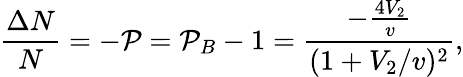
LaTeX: \frac{\Delta N}{N}=-\mathcal{P}=\mathcal{P}_{B}-1=\frac{-\frac{4V_{2}}{v}}{(1+V_{2}/v)^{2}},